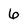
Character: 6